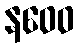
နဝေဝ